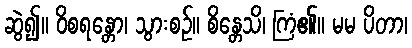
ဆွဲ၍။ ဝိစရန္တော၊ သွားစဉ်။ စိန္တေသိ၊ ကြံ၏။ မမ ပိတာ၊